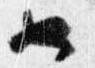
也